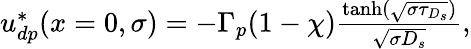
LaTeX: \begin{array}{r}{u_{dp}^{\ast}(x=0,\sigma)=-\Gamma_{p}(1-\chi)\frac{\operatorname{tanh}(\sqrt{\sigma\tau_{D_{s}}})}{\sqrt{\sigma D_{s}}},}\end{array}